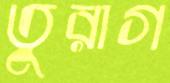
তুরাগ